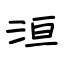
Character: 洹